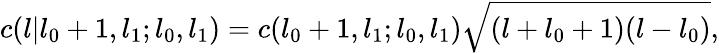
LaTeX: c(l|l_{0}+1,l_{1};l_{0},l_{1})=c(l_{0}+1,l_{1};l_{0},l_{1})\sqrt{(l+l_{0}+1)(l-l_{0})},